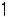
1